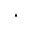
\cdot